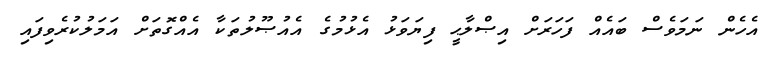
އެހެން ނަމަވެސް ބައެއް ފަހަރަށް އިޞްލާޙީ ފިޔަވަޅު އެޅުމުގެ އެއުޞޫލުތަކާ އެއްގޮތަށް އަމަލުކުރެވިފައި